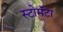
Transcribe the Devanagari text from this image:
स्टोमॅटा